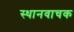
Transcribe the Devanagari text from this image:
स्थानवाचक